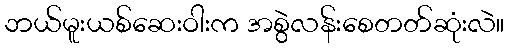
ဘယ်မူးယစ်ဆေးဝါးက အစွဲလန်းစေတတ်ဆုံးလဲ။